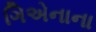
ગિએનાના